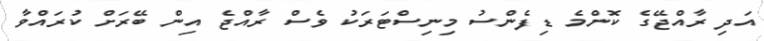
އަދި ރާއްޖޭގެ ކޮންމެ ޑިފެންސު މިނިސްޓަރަކު ވެސް ރާއްޖެ އިން ބޭރަށް ކުރައްވާ